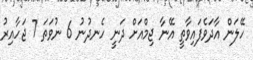
ހޭލަން އާދަވެފައިވާތީ އޭނާ ޖިމްއަށް ދަނީ ހެނދުނު 6 ނުވަތަ 7 ޖަހާއިރު